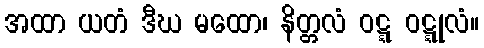
အထာ ယတံ ဒီဃ မထော၊ နိတ္တလံ ဝဋ္ဋ ဝဋ္ဋုလံ။